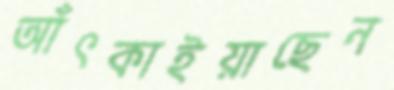
আঁৎকাইয়াছেন